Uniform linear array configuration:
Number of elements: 48
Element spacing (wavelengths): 1
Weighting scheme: exponential
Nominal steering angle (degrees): -60
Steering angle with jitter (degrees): -61.54
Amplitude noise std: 0.05
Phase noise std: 0.05

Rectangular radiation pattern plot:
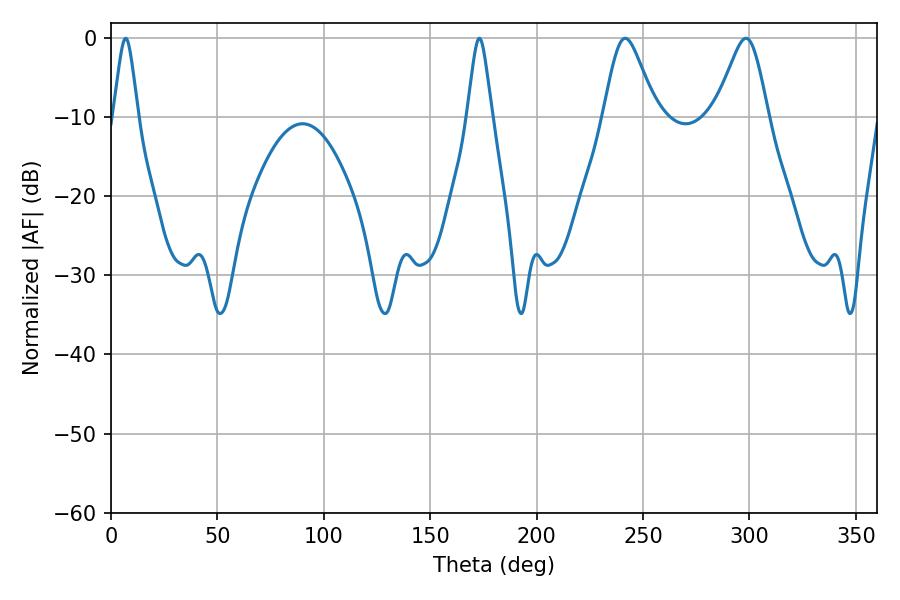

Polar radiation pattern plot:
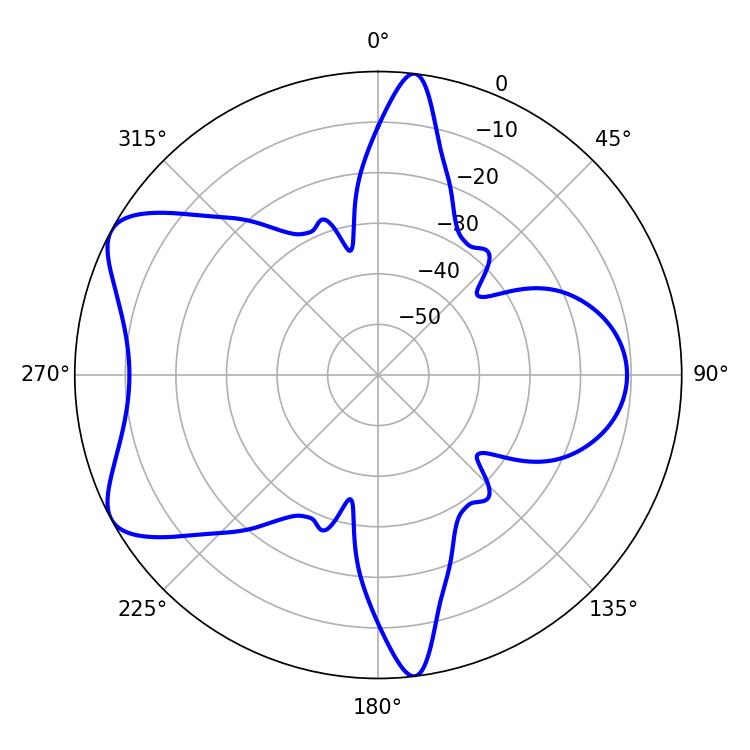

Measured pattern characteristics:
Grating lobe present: TRUE
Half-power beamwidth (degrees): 12.24
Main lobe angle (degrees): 241.56